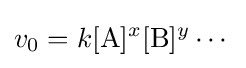
v_{0}=k[{\ce {A}}]^{x}[{\ce {B}}]^{y}\cdots